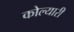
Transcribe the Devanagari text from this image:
कोल्यारी